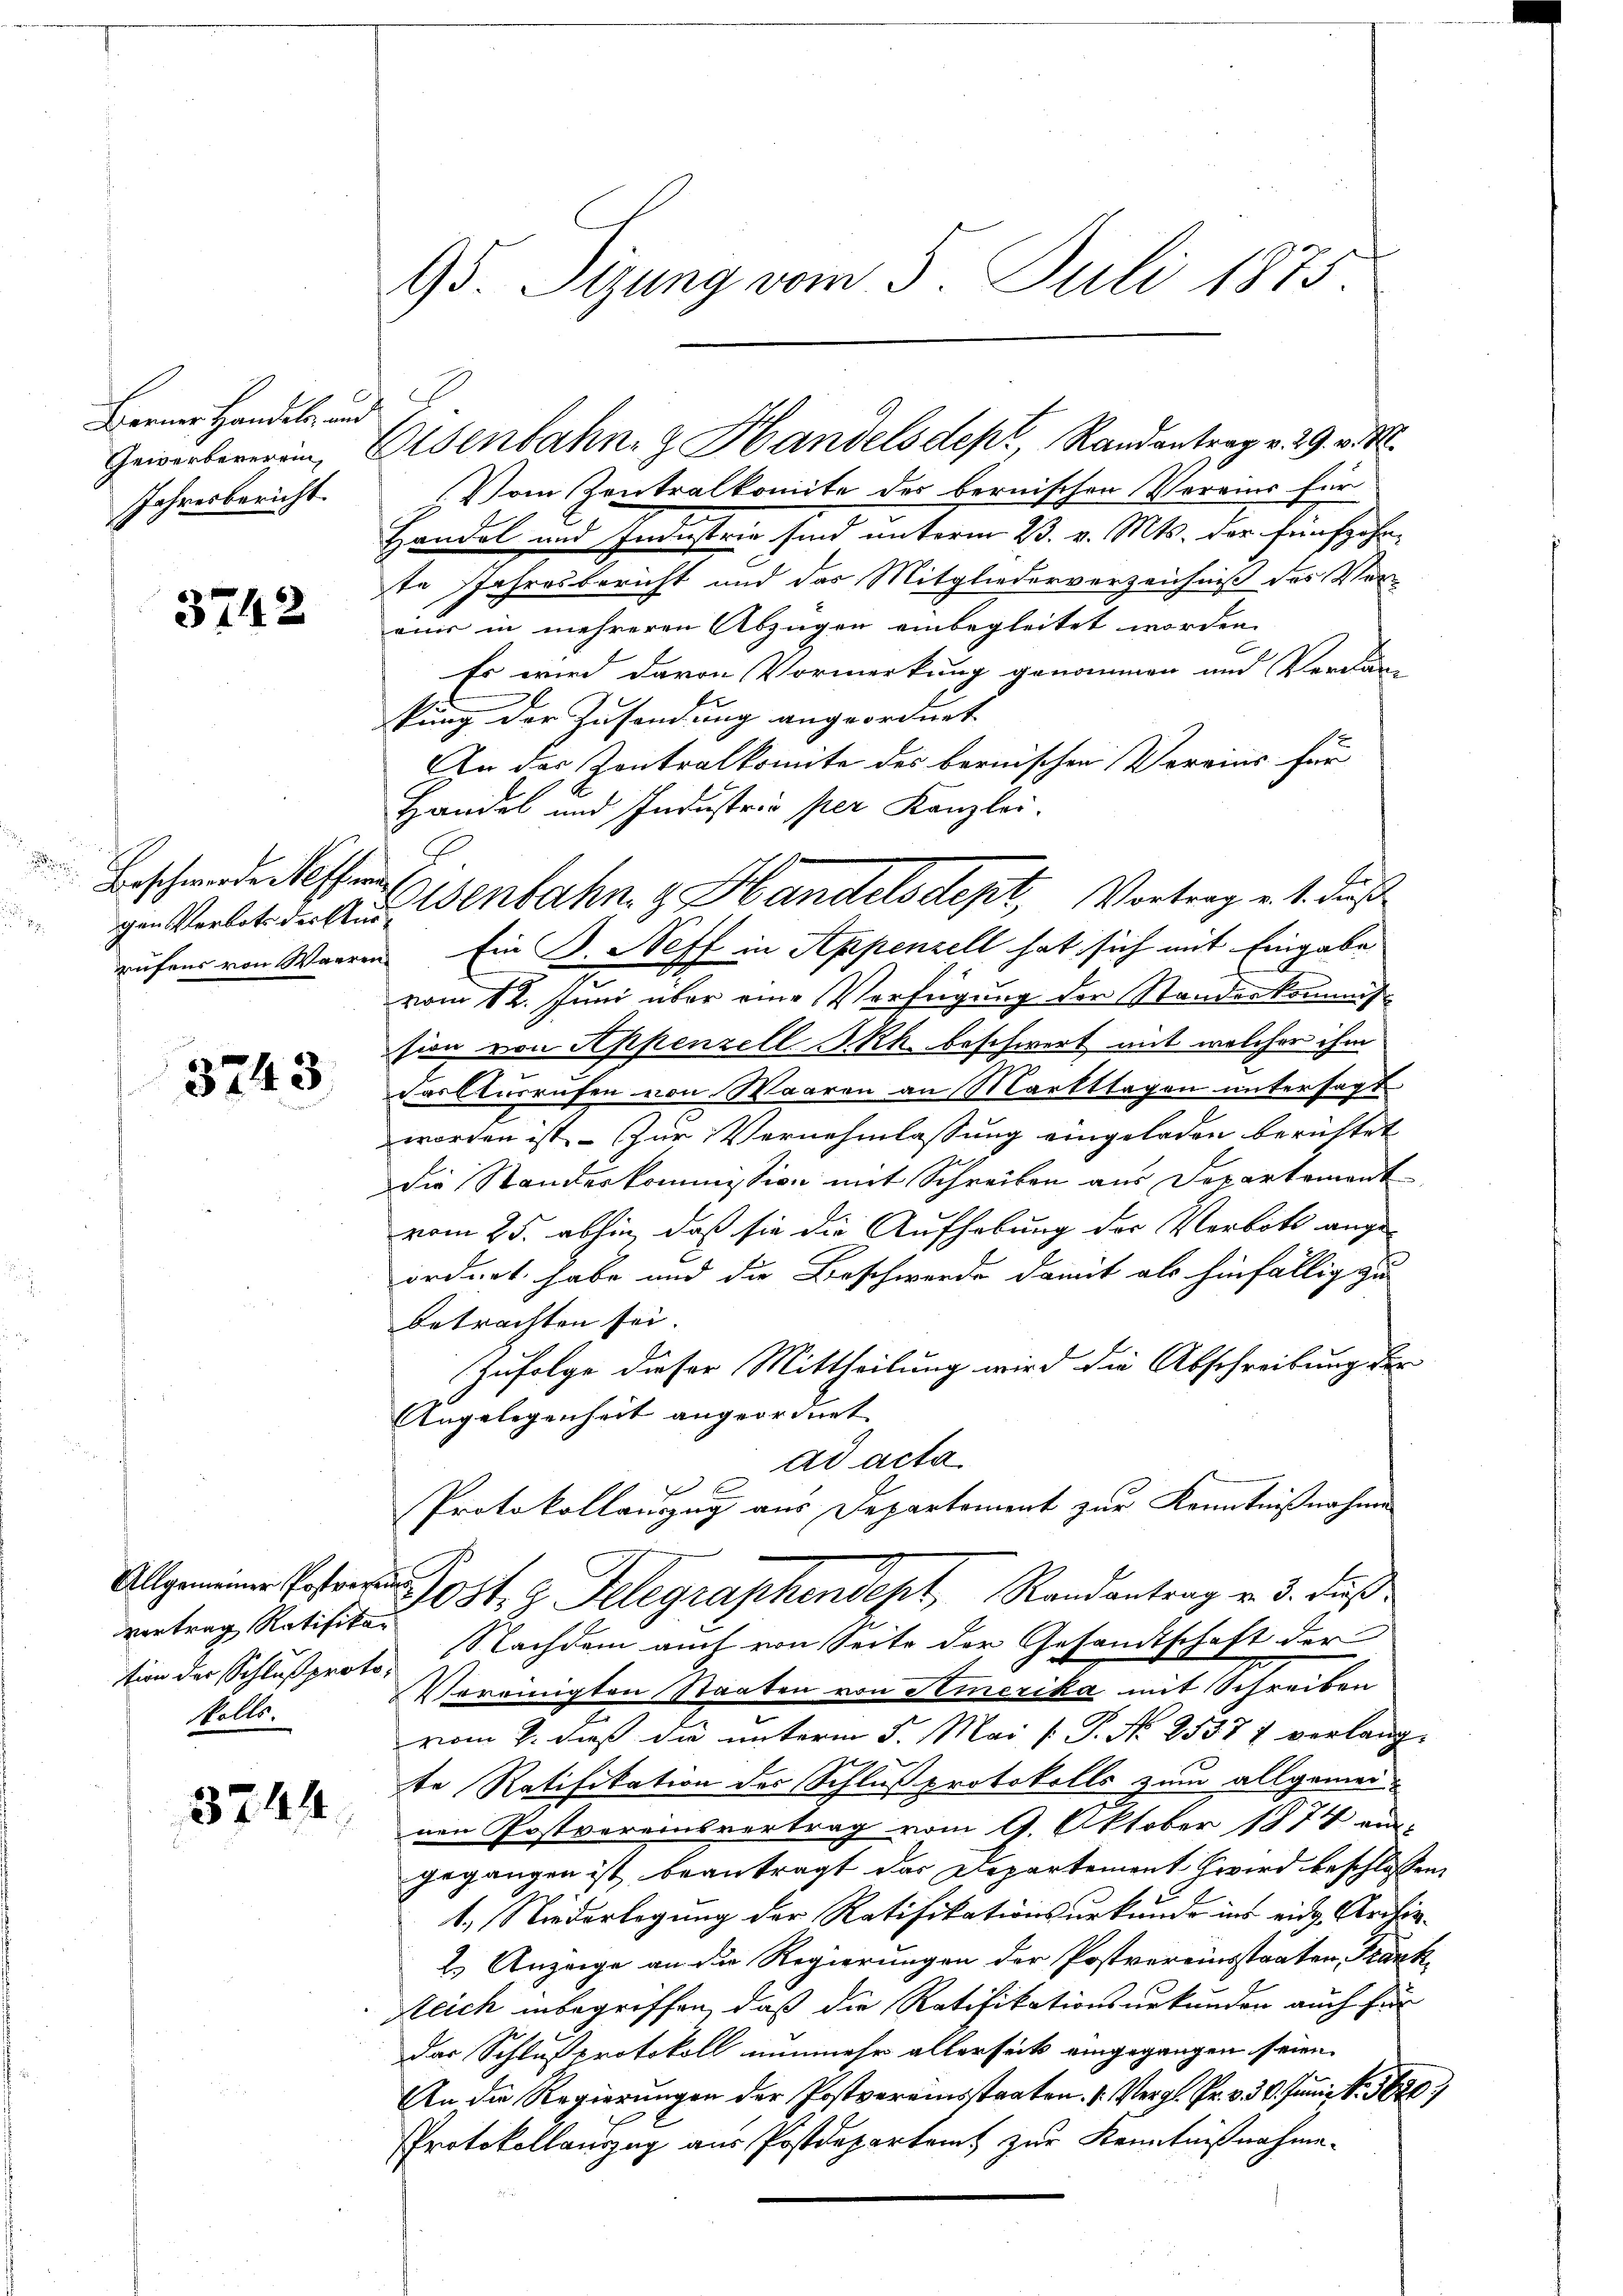
Berner Handeln, und
Jahresbericht.

3742

Beschwerde effend

3743

vortrag Ratifikation der Schluß proto¬
Rolls.

3244

95. Sizung vom 5. Juli 1875

.
Geworbeerein, Eisenbahn- & Handelsdept, Randantrag v. 29. v. M.
Vom Zentralkomite des bernischen Vereins für
Handel und Industrie sind unterm 23. v. Mts. der fünfzehnte Jahresbericht und das Mitgliederverzeichniß des Ver-
ains in mehreren Abzügen einbegleitet worden.
Es wird davon Vormerkung genommen und Verdan-
kung der Zusendung angeordnet.
An der Zentralkomite des bernischen Vereins für
Handel und Industrie per Kanzlei.
gen Verbot der Aus Genbahn & Handelsdept, Vortrag v. 1. dieß
rufens von Waaren Ein Nett in Appenzell hat sich mit Eingabe
4.
vom 12. Juni über eine Verfügung der Standeskommis-
tion von Appenzell Rh. beschwert mit welcher ihm
das Ausrufen von Waaren an Markttagen untersagt.
worden ist. Zur Vernehmlassung eingeladen berichtet
die Standeskommission mit Schreiben aus Departemont
vom 25. abhin, daß sie die Aufhebung der Verbott ange-
ordnet habe und die Beschwerde damit als hinfällig zu
betrachten sei.
Zufolge dieser Mittheilung wird die Abschreibung der
Angelegenheit angeordnet
ad acta.
t
Protokollauszug aus Departement zur Kenntnißnahme
Alles Telegraphendept, Randantrag v. 3. Fuß
Nachdem auch von Seite der Gesandtschaft der
Vereinigten Staaten von Amerika mit Schreiben
vom 2. daß die unterm 5. Mai l. P. No 25371 verlang-
te Ratifikation des Schluß protokolls zum allgemei
nen Postvereinsvertrag vom 9. Oktober 1877 ein
gegangen ist beantragt das Departement wird beschlossen,
1.) Niederlegung der Ratifikationsurkunde ins eidg. Archin¬
2) Anzeige an die Regierungen der Postvereinsstaaten Tränk-
Reich inbegriffen, daß die Ratifikationsurkunden auch für
das Schlußprotokoll nunmehr allerseits eingegangen seien.
An die Regierŭngen der Postvereinsstraten u. Vergl. Pr. v. 30. Jŭni Nr. 5620
Protokollauszug aus Postdepartamt zur Kenntnißnahme.